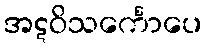
အဋဝိသင်္ကောပေ